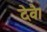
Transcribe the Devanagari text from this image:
देवै।